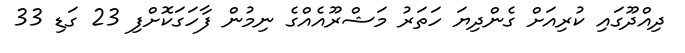
ދިއްދޫގައި ކުރިއަށް ގެންދިޔަ ހަތަރު މަޝްރޫއެއްގެ ނިމުން ފާހަގަކޮށްފި 23 ގަޑި 33